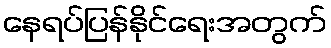
နေရပ်ပြန်နိုင်ရေးအတွက်